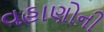
વહાણોની